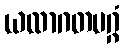
ယထာဂတမဂ္ဂံ